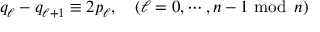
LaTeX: q _ { \ell } - q _ { \ell + 1 } \equiv 2 p _ { \ell } , \quad ( \ell = 0 , \cdots , n - 1 \mathrm { ~ m o d } \, \, \, n )